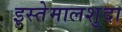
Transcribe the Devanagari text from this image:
इस्तेमालशुदा